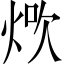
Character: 𤉚